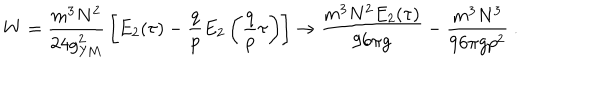
LaTeX: W = { \frac { m ^ { 3 } N ^ { 2 } } { 2 4 g _ { \mathrm { Y M } } ^ { 2 } } } \left[ E _ { 2 } ( \tau ) - { \frac { q } { p } } E _ { 2 } \left( { \frac { q } { p } } \tau \right) \right] \to { \frac { m ^ { 3 } N ^ { 2 } E _ { 2 } ( \tau ) } { 9 6 \pi g } } - { \frac { m ^ { 3 } N ^ { 3 } } { 9 6 \pi g p ^ { 2 } } } \ .